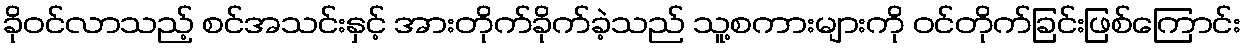
ခိုဝင်လာသည့် စင်အသင်းနှင့် အားတိုက်ခိုက်ခဲ့သည် သူ့စကားများကို ဝင်တိုက်ခြင်းဖြစ်ကြောင်း